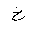
Letter: _kha